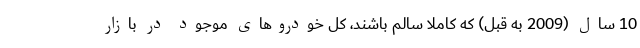
10 سال (2009 به قبل) که کاملا سالم باشند، کل خودروهای موجود در بازار